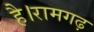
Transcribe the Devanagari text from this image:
है।रामगढ़